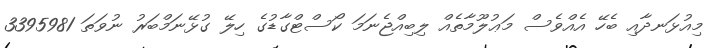
މިއުޅަނދާއި ބެހޭ އެއްވެސް މަޢުލޫމާތެއް ލިބިއްޖެނަމަ ކޯސްޓްގާޑުގެ ހިލޭ ގުޅޭނަމްބަރު ނުވަތަ 3395981